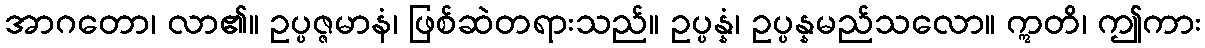
အာဂတော၊ လာ၏။ ဥပ္ပဇ္ဇမာနံ၊ ဖြစ်ဆဲတရားသည်။ ဥပ္ပန္နံ၊ ဥပ္ပန္နမည်သလော။ ဣတိ၊ ဤကား